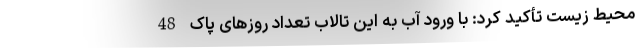
محیط زیست تأکید کرد: با ورود آب به این تالاب تعداد روز‌های پاک 48